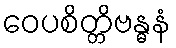
ဝေပစိတ္တိဗန္ဓနံ